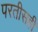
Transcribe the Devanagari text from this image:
परतीसही